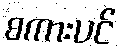
စကားပင်